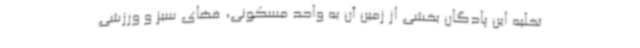
تخلیه این پادگان بخشی از زمین آن به واحد مسکونی، فضای سبز و ورزشی